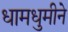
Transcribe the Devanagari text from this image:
धामधुमीने